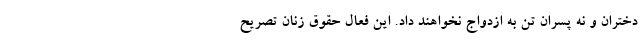
دختران و نه پسران تن به ازدواج نخواهند داد. این فعال حقوق زنان تصریح